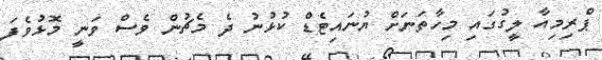
ޕްރިމިއާ ލީގުގައި މިހާތަނަށް ޔުނައިޓެޑް ކުޅުނު ދެ މެޗުން ވެސް ވަނީ މޮޅުވެފަ